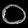
Digit: ၀